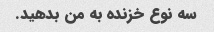
سه نوع خزنده به من بدهید.